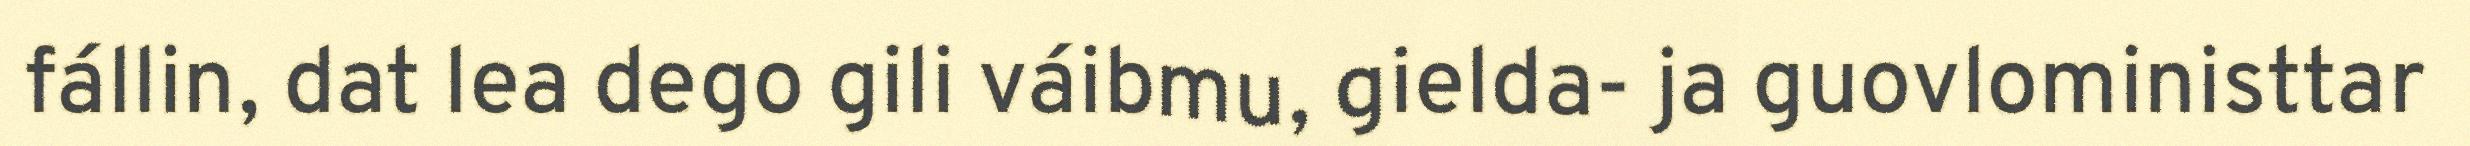
fállin, dat lea dego gili váibmu, gielda- ja guovloministtar